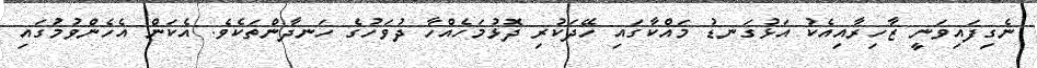
ނެގިފައިވަނީ ޒާހިރާއިއެކު އަޅުގަނޑު މައްކާގައި ހޭދަކުރި ދޮޅުމަހެއްހާ ދުވަހުގެ ހަނދާންތަކެވެ. އެކަން އެހެންވުމުގައި